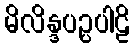
မိလိန္ဒပဉ္ပပါဠိ